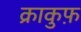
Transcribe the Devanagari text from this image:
क्राकुफ़